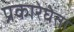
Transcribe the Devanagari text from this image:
प्रकारेघेता